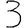
Digit: 3